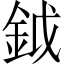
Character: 鉞